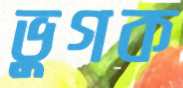
ভুগক